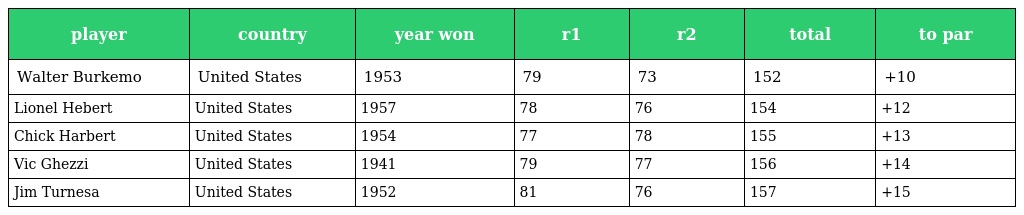
| player | country | year won | r1 | r2 | total | to par |
 | --- | --- | --- | --- | --- | --- | --- |
 | Walter Burkemo | United States | 1953 | 79 | 73 | 152 | +10 |
 | Lionel Hebert | United States | 1957 | 78 | 76 | 154 | +12 |
 | Chick Harbert | United States | 1954 | 77 | 78 | 155 | +13 |
 | Vic Ghezzi | United States | 1941 | 79 | 77 | 156 | +14 |
 | Jim Turnesa | United States | 1952 | 81 | 76 | 157 | +15 |